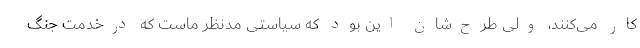
کار می‌کنند، ولی طرح‌شان این بود که سیاستی مدنظر ماست که درخدمت جنگ